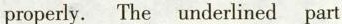
\underline properly.The underlined part